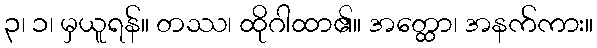
၃၊ ၁၊ မှယူရန်။ တဿ၊ ထိုဂါထာ၏။ အတ္ထော၊ အနက်ကား။